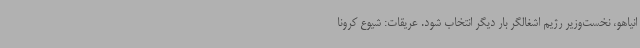
انیاهو، نخست‌وزیر رژیم اشغالگر بار دیگر انتخاب شود. عریقات: شیوع کرونا